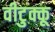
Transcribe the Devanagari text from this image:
वीटुक्कू